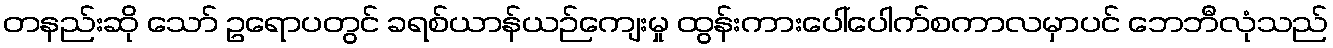
တနည်းဆို သော် ဥရောပတွင် ခရစ်ယာန်ယဉ်ကျေးမှု ထွန်းကားပေါ်ပေါက်စကာလမှာပင် ဘေဘီလုံသည်